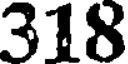
318